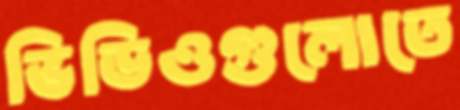
ভিডিওগুলোতে